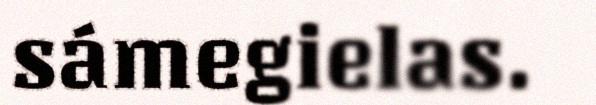
sámegielas.